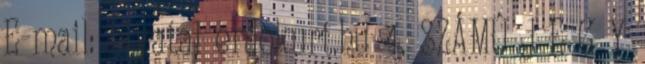
E-mail: hivatal erdokurt.hu 4. SZÁMÚ J E G Y